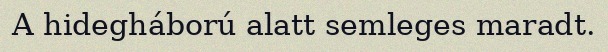
A hidegháború alatt semleges maradt.